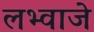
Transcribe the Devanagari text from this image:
लभ्वाजे